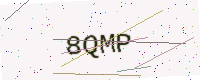
Text: 8QMP